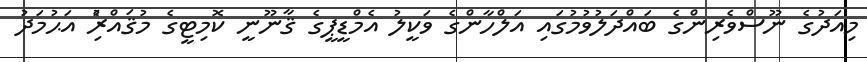
މިއަދުގެ ނޫސްވެރިންގެ ބައްދަލުވުމުގައި އަލްހާންގެ ވަކީލު އެމްޑީޕީގެ ޤާނޫނީ ކޮމިޓީގެ މުޤައްރިެު އަޙުމަދު